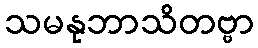
သမနုဘာသိတဗ္ဗာ